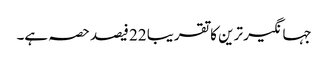
جہانگیر ترین کا تقریبا 22 فیصد حصہ ہے۔